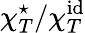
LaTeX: \chi_{T}^{\star}/\chi_{T}^{\mathrm{id}}